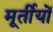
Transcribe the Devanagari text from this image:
मूर्तीयों